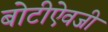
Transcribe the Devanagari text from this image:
बोटीऐवजी